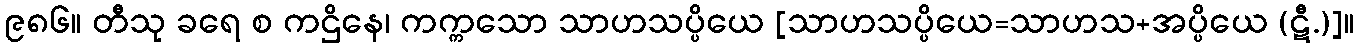
၉၈၆။ တီသု ခရေ စ ကဌိနေ၊ ကက္ကသော သာဟသပ္ပိယေ [သာဟသပ္ပိယေ=သာဟသ+အပ္ပိယေ (ဋီ.)]။